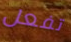
تفعل